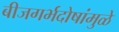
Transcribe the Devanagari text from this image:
बीजगर्भदोषांमुळे